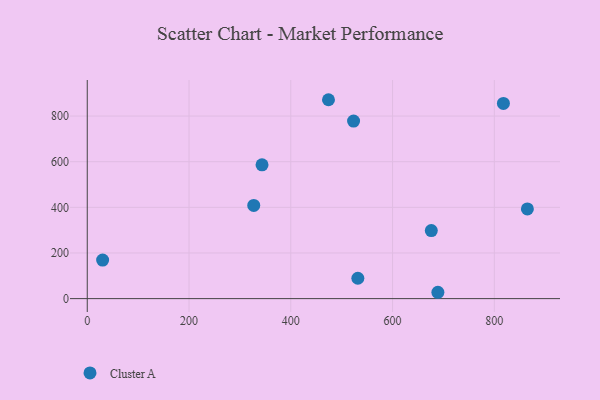
{"axis": {"x": "Distance", "y": "Salary"}, "legend": ["Cluster A"], "data": [{"x": "531.8", "y": 89.2, "type": "Cluster A"}, {"x": "343.5", "y": 586.1, "type": "Cluster A"}, {"x": "30.2", "y": 169.0, "type": "Cluster A"}, {"x": "817.9", "y": 855.2, "type": "Cluster A"}, {"x": "523.4", "y": 777.9, "type": "Cluster A"}, {"x": "689.1", "y": 27.8, "type": "Cluster A"}, {"x": "676.2", "y": 298.0, "type": "Cluster A"}, {"x": "865.0", "y": 392.9, "type": "Cluster A"}, {"x": "327.2", "y": 408.2, "type": "Cluster A"}, {"x": "474.1", "y": 871.6, "type": "Cluster A"}]}